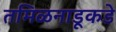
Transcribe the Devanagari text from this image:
तमिळनाडूकडे